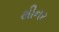
થીનર